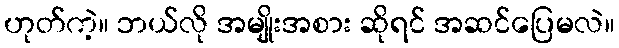
ဟုတ်ကဲ့။ ဘယ်လို အမျိုးအစား ဆိုရင် အဆင်ပြေမလဲ။